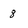
Character: 8